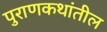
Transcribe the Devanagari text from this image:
पुराणकथांतील